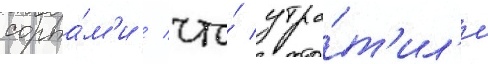
сорта́м'и / что́ утра́т'ил'и